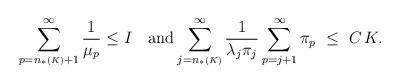
LaTeX: \begin{align*}\sum_{p=n_{*}{\scriptscriptstyle (K)}+1}^\infty \frac{1}{\mu_{p}} \leq I\quad\textup{and}\sum_{j=n_{*}{\scriptscriptstyle (K)}}^\infty\frac{1}{\lambda_{j}\pi_j} \sum_{p=j+1}^\infty \pi_{p} \ \le \ C\,K.\end{align*}